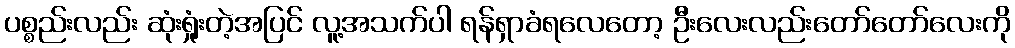
ပစ္စည်းလည်း ဆုံးရှုံးတဲ့အပြင် လူ့အသက်ပါ ရန်ရှာခံရလေတော့ ဦးလေးလည်းတော်တော်လေးကို